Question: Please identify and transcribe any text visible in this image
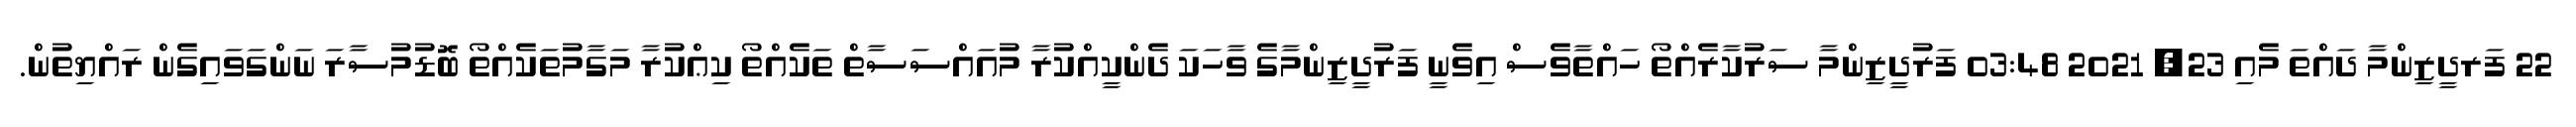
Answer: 22 ފަރދީޒިންމާ ދައްތަ މެއި 23, 2021 03:48 ފަރުދީޒިންމާ ސަރުކާރެއްތޯ ހައްތާވެސް އިވެނީ ފަރުދީޒިންމާގެ ވާހަކަ ދެންކީއްކުރާ މުއައްސަސާތް ތަކެއްތޯ ކިޢްކުރާ މަގާމުތަކެއްތޯ ބޮޑުމުސާރަ ނަންގަވައިގެން ރައްޔިތުން.